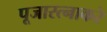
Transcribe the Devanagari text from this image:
पूजारत्नाकरे